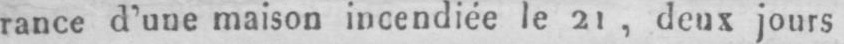
rance d’une maison incendiée le 21, deux jours